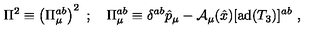
\Pi ^ { 2 } \equiv \left( \Pi _ { \mu } ^ { a b } \right) ^ { 2 } \ ; \quad \Pi _ { \mu } ^ { a b } \equiv \delta ^ { a b } \hat { p } _ { \mu } - { \cal A } _ { \mu } ( \hat { x } ) [ \mathrm { a d } ( T _ { 3 } ) ] ^ { a b } \ ,